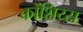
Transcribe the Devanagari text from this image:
कोंशिय्स